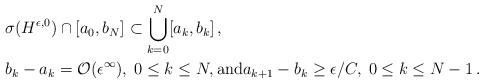
LaTeX: \begin{align*}&\sigma(H^{\epsilon,0})\cap \left [a_0,b_N\right ]\subset \bigcup_{k=0}^N [a_k,b_k]\,,\\&b_k-a_k= \mathcal O ( \epsilon^\infty), \; 0\leq k\leq N,{\rm and} a_{k+1}-b_k\geq \epsilon/C,\; 0\leq k\leq N-1\,.\end{align*}